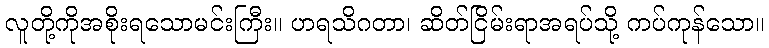
လူတို့ကိုအစိုးရသောမင်းကြီး။ ဟရသိဂတာ၊ ဆိတ်ငြိမ်းရာအရပ်သို့ ကပ်ကုန်သော။